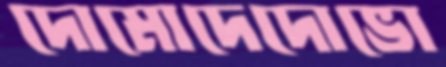
দোমোদেদোভো